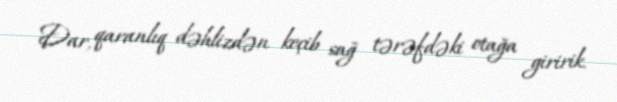
Dar, qaranlıq dəhlizdən keçib sağ tərəfdəki otağa giririk.